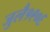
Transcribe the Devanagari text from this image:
जुलै१९०६